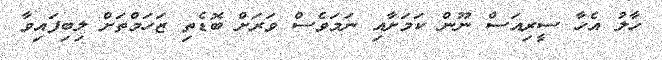
ހާލު އެހާ ސީރިއަސް ނޫން ކަމަށާއި ނަމަވެސް ވަރަށް ބޮޑެތި ޒަހަމްތަށް ލިބިފައިވާ